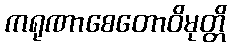
ကရုဏာစေတောဝိမုတ္တိ